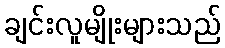
ချင်းလူမျိုးများသည်